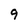
Character: 9